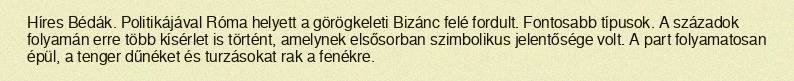
Híres Bédák. Politikájával Róma helyett a görögkeleti Bizánc felé fordult. Fontosabb típusok. A századok folyamán erre több kísérlet is történt, amelynek elsősorban szimbolikus jelentősége volt. A part folyamatosan épül, a tenger dűnéket és turzásokat rak a fenékre.